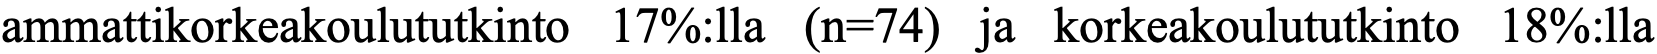
ammattikorkeakoulututkinto 17%:lla (n=74) ja korkeakoulututkinto 18%:lla